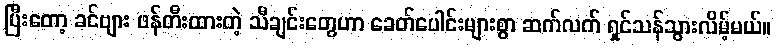
ပြီးတော့ ခင်ဗျား ဖန်တီးထားတဲ့ သီချင်းတွေဟာ ခေတ်ပေါင်းများစွာ ဆက်လက် ရှင်သန်သွားလိမ့်မယ်။